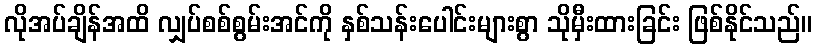
လိုအပ်ချိန်အထိ လျှပ်စစ်စွမ်းအင်ကို နှစ်သန်းပေါင်းများစွာ သိုမှီးထားခြင်း ဖြစ်နိုင်သည်။